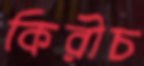
কিরীচ